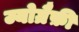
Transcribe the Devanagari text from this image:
ज्योग्रैफ़ी